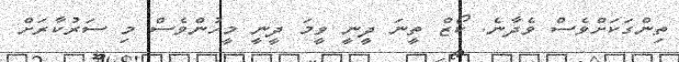
ތިންގަކަށްވެސް ވެދާނެ. ކޯޒް ތީނަ ދީނީ ވީމަ ދީނީ މީހުންވެސް މި ސަރުކާރަށް